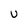
Character: u